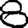
Digit: 8